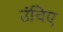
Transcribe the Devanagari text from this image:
उंचिए